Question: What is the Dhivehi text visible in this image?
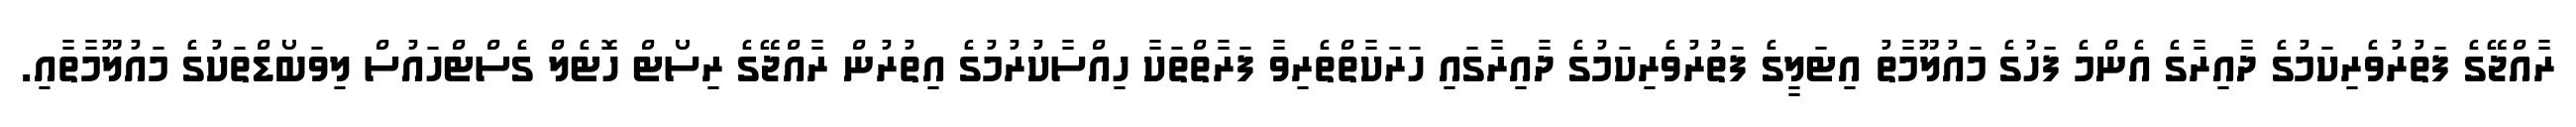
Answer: ރާއްޖޭގެ ފަތުރުވެރިކަމުގެ ދާއިރާގެ އެންމެ ފަހުގެ މައުލޫމާތު އިޓަލީގެ ފަތުރުވެރިކަމުގެ ދާއިރާގައި ހަރަކާތްތެރިވާ ފަރާތްތަކާ ހިއްސާކުރުމުގެ އިތުރުން ރާއްޖޭގެ ރިސޯޓް ހޮޓެލް ގެސްޓްހައުސް ލިވަބޯޑްތަކުގެ މައުލޫމާތާއި.